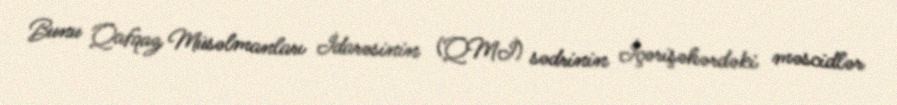
Bunu Qafqaz Müsəlmanları İdarəsinin (QMİ) sədrinin İçərişəhərdəki məscidlər